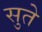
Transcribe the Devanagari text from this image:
सुते